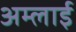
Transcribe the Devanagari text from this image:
अम्लाई